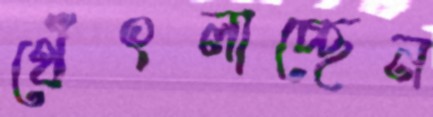
থেঁৎলাচ্ছেন